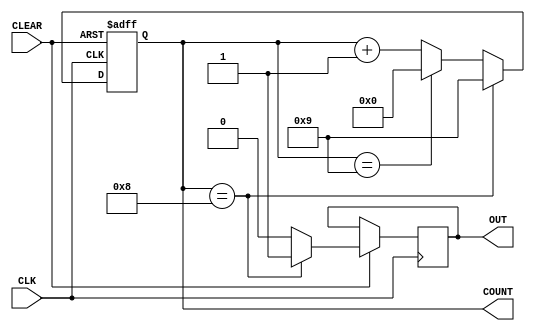
//divide by N counter using M state variables
module divideXN #(parameter N = 10, parameter M = 4)
	(
	input CLK, CLEAR, //input
	output reg [M-1:0] COUNT, //output
	output reg OUT
	);
	always @ (negedge CLK, negedge CLEAR)
		if(CLEAR == 1'b0)		COUNT <= 0;
			else
			begin
				if(COUNT == N-2'd2)
					begin
						OUT <= 1'b1; COUNT <= N-1'd1;
					end
						else
							if(COUNT == N-1'd1) 
								begin
									OUT <= 1'b0; COUNT <=0; 
								end
									else
										begin
											//increase the count by one
											OUT <= 1'b0; COUNT <= COUNT + 1'b1; 
										end
			end
	endmodule